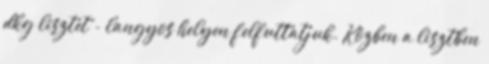
dkg lisztet - langyos helyen felfuttatjuk. Közben a lisztben